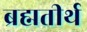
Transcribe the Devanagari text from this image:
ब्रह्मतीर्थ